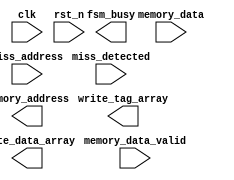
module cache_fill_FSM(clk, rst_n, miss_detected, miss_address, fsm_busy, write_data_array, write_tag_array,memory_address, memory_data, memory_data_valid);
input clk, rst_n;
input miss_detected; // active high when tag match logic detects a miss
input miss_address; // address that missed the cache
input [15:0] memory_data; // data returned by memory (after  delay)
input memory_data_valid; // active high indicates valid data returning on memory bus

output fsm_busy; // asserted while FSM is busy handling the miss (can be used as pipeline stall signal)
output write_data_array; // write enable to cache data array to signal when filling with memory_data
output write_tag_array; // write enable to cache tag array to write tag and valid bit once all words are filled in to data array
output [15:0] memory_address; // address to read from memory



endmodule